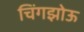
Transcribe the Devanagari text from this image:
चिंगझोऊ